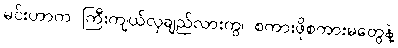
မင်းဟာက ကြီးကျယ်လှချည်လားကွ၊ စကားဖိုစကားမတွေနဲ့